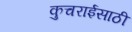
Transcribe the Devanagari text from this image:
कुचराईसाठी